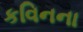
કવિનના